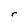
Character: r